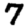
Digit: 7